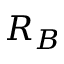
R _ { B }